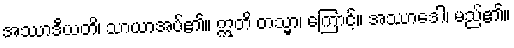
အဿာဒီယတိ၊ သာယာအပ်၏။ ဣတိ တသ္မာ၊ ကြောင့်။ အဿာဒေါ၊ မည်၏။